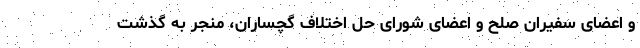
و اعضای سفیران صلح و اعضای شورای حل اختلاف گچساران، منجر به گذشت